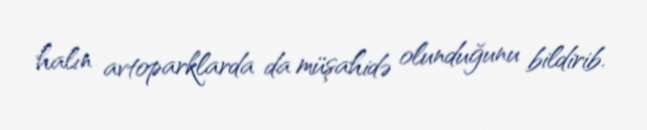
halın avtoparklarda da müşahidə olunduğunu bildirib.